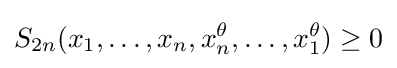
S_{2n}(x_{1},\dots ,x_{n},x_{n}^{\theta },\dots ,x_{1}^{\theta })\geq 0